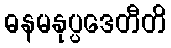
ဓနမနုပ္ပဒေတီတိ